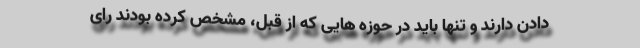
دادن دارند و تنها باید در حوزه هایی که از قبل، مشخص کرده بودند رای